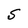
Character: S